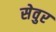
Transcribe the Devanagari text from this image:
सेवुर